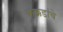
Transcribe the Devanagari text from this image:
कक्कडांचे